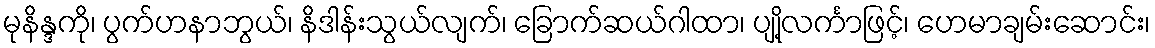
မုနိန္ဒကို၊ ပွက်ဟနာဘွယ်၊ နိဒါန်းသွယ်လျက်၊ ခြောက်ဆယ်ဂါထာ၊ ပျို့လင်္ကာဖြင့်၊ ဟေမာချမ်းဆောင်း၊